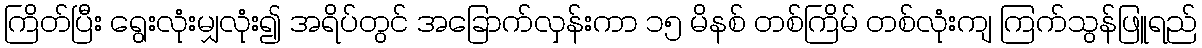
ကြိတ်ပြီး ရွေးလုံးမျှလုံး၍ အရိပ်တွင် အခြောက်လှန်းကာ ၁၅ မိနစ် တစ်ကြိမ် တစ်လုံးကျ ကြက်သွန်ဖြူရည်